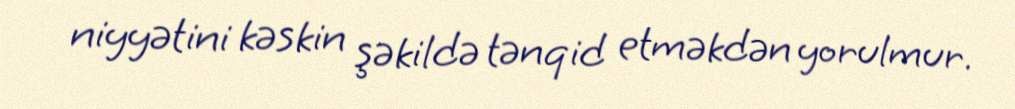
niyyətini kəskin şəkildə tənqid etməkdən yorulmur.